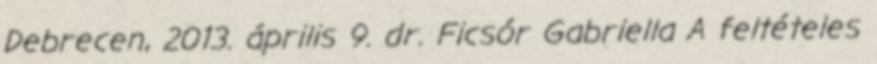
Debrecen, 2013. április 9. dr. Ficsór Gabriella A feltételes